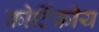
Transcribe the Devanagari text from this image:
कोर्टिकीय